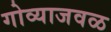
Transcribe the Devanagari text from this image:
गोव्याजवळ